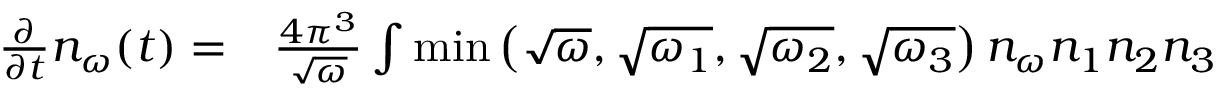
\begin{array} { r l } { \frac { \partial } { \partial t } n _ { \omega } ( t ) = } & { { } \frac { 4 \pi ^ { 3 } } { \sqrt { \omega } } \int \operatorname* { m i n } \left( \sqrt { \omega } , \sqrt { \omega _ { 1 } } , \sqrt { \omega _ { 2 } } , \sqrt { \omega _ { 3 } } \right) n _ { \omega } n _ { 1 } n _ { 2 } n _ { 3 } } \end{array}